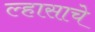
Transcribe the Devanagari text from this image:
ल्हासाचे